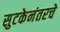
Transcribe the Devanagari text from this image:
सुटकेनंतरचे